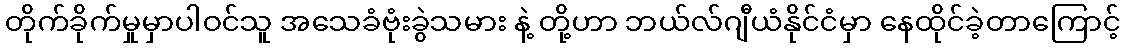
တိုက်ခိုက်မှုမှာပါဝင်သူ အသေခံဗုံးခွဲသမား နဲ့ တို့ဟာ ဘယ်လ်ဂျီယံနိုင်ငံမှာ နေထိုင်ခဲ့တာကြောင့်